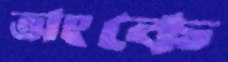
অংকে